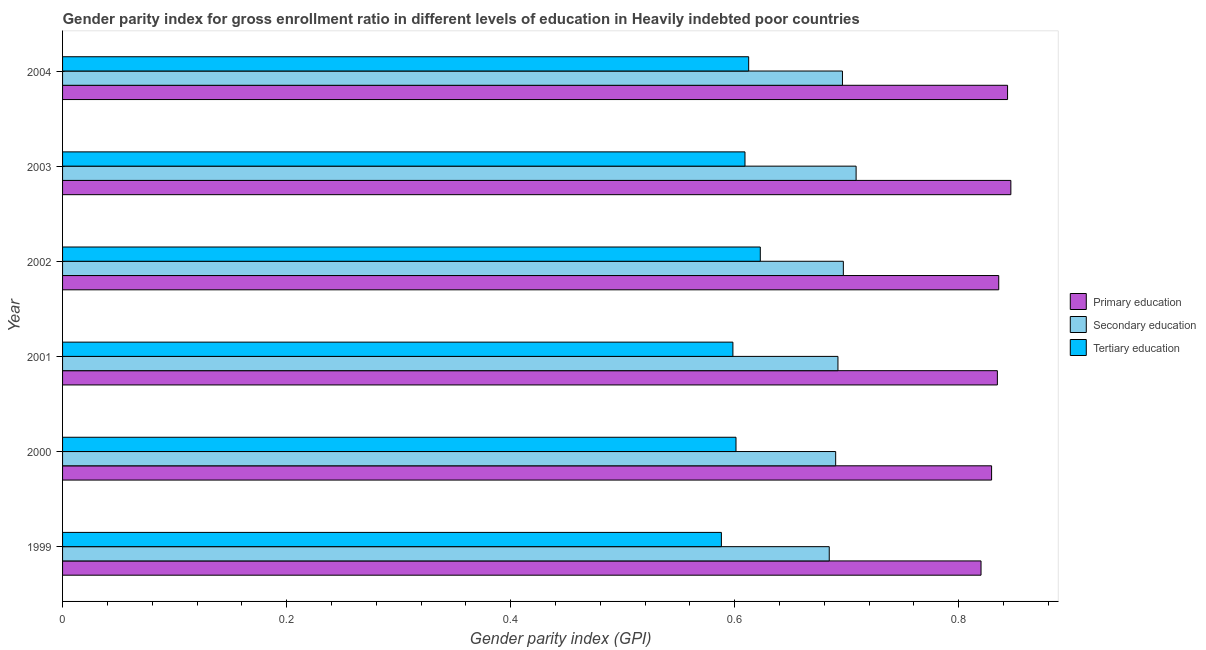
| Year | Primary education | Secondary education | Tertiary education |
 | --- | --- | --- | --- |
 | 1999 | 0.82 | 0.684 | 0.588 |
 | 2000 | 0.829 | 0.69 | 0.601 |
 | 2001 | 0.834 | 0.692 | 0.598 |
 | 2002 | 0.836 | 0.697 | 0.623 |
 | 2003 | 0.846 | 0.708 | 0.609 |
 | 2004 | 0.844 | 0.696 | 0.612 |